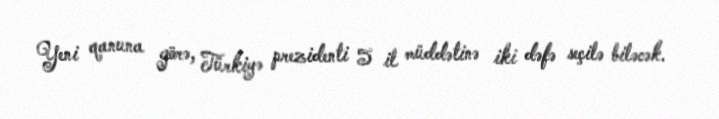
Yeni qanuna görə, Türkiyə prezidenti 5 il müddətinə iki dəfə seçilə biləcək.